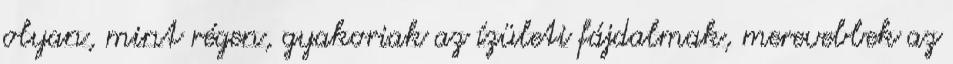
olyan, mint régen, gyakoriak az ízületi fájdalmak, merevebbek az